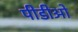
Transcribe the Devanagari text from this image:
पीडीओ